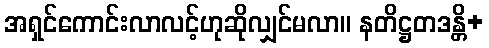
အရှင်ကောင်းလာလင့်ဟုဆိုလျှင်မလာ။ နတိဋ္ဌတဒန္တိ+